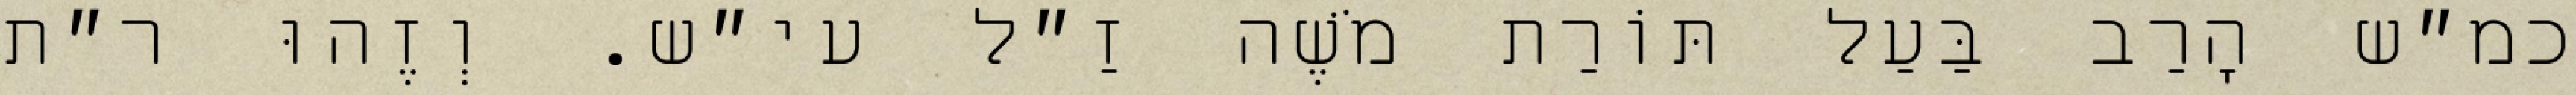
כמ״ש הָרַב בַּעַל תּוֹרַת מֹשֶׁה זַ״ל עי״ש. וְזֶהוּ ר״ת